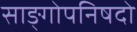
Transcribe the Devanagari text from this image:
साङ्गोपनिषदो